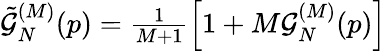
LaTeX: \tilde{\mathcal{G}}_{N}^{(M)}(p)=\textstyle\frac{1}{M+1}\left[1+M\mathcal{G}_{N}^{(M)}(p)\right]